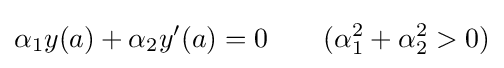
\alpha _{1}y(a)+\alpha _{2}y'(a)=0\qquad (\alpha _{1}^{2}+\alpha _{2}^{2}>0)